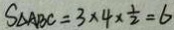
S _ { \Delta A B C } = 3 \times 4 \times \frac { 1 } { 2 } = 6